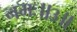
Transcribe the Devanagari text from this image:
नमः॥३॥